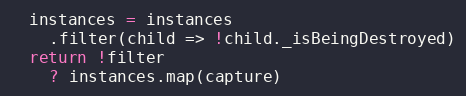
Language: JavaScript
  instances = instances
    .filter(child => !child._isBeingDestroyed)
  return !filter
    ? instances.map(capture)